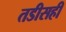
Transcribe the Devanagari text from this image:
तडीसही